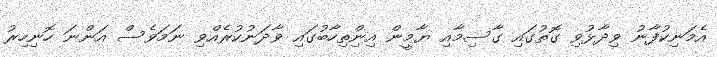
އެމަނިކުފާނު ވިދާޅުވި ގޮތުގައި ގާސިމާއި ޔާމީން އިންިތިހާބުގައި ވާދަނުކުރެއްވި ނަމަވެސް އަންނަ ހޮނިހިރު